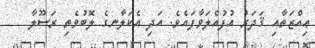
ޢިއްޒަތާއި ޤަދަރު އުފުއްލަވާފައެވެ. އަދި އެކަލާނގެ ލޮބުވެތި ރަސޫލާ